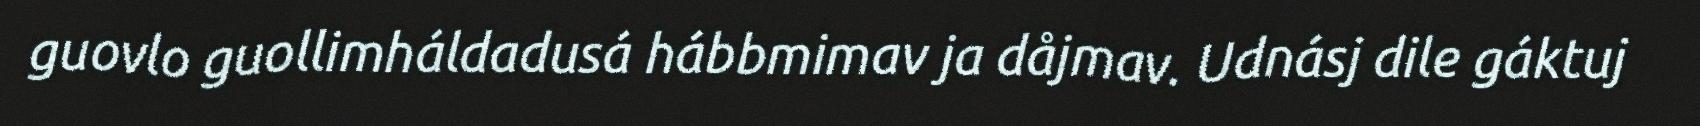
guovlo guollimháldadusá hábbmimav ja dåjmav. Udnásj dile gáktuj